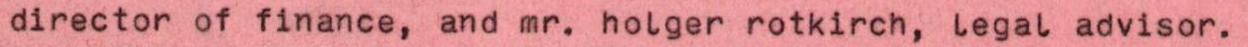
director of finance, and mr. holger rotkirch, legal advisor.